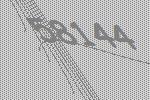
58144